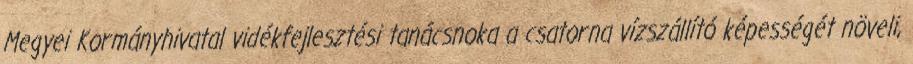
Megyei Kormányhivatal vidékfejlesztési tanácsnoka a csatorna vízszállító képességét növeli,